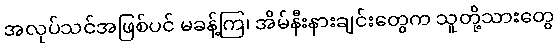
အလုပ်သင်အဖြစ်ပင် မခန့်ကြ၊ အိမ်နီးနားချင်းတွေက သူတို့သားတွေ